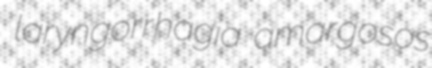
laryngorrhagia amargosos